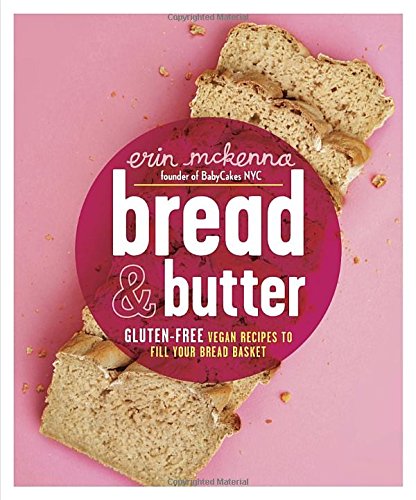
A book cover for Bread & Butter: Gluten-Free Vegan Recipes to Fill Your Bread Basket; Erin McKenna; Cookbooks, Food & Wine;